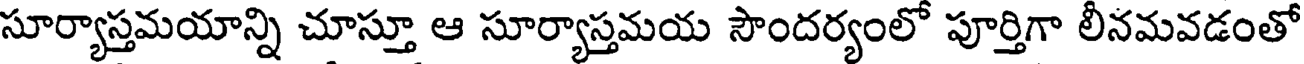
సూర్యాస్తమయాన్ని చూస్తూ ఆ సూర్యాస్తమయ సౌందర్యంలో పూర్తిగా లీనమవడంతో